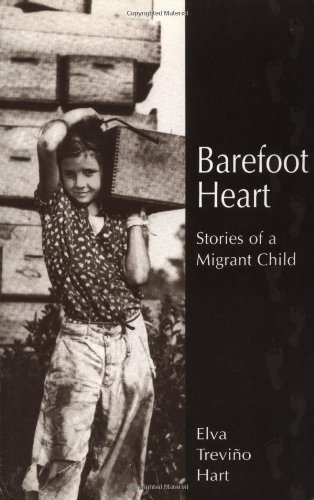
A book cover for Barefoot Heart: Stories of a Migrant Child; Elva Trevino Hart; Literature & Fiction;